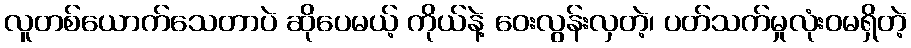
လူတစ်ယောက်သေတာပဲ ဆိုပေမယ့် ကိုယ်နဲ့ ဝေးလွန်းလှတဲ့၊ ပတ်သက်မှုလုံးဝမရှိတဲ့